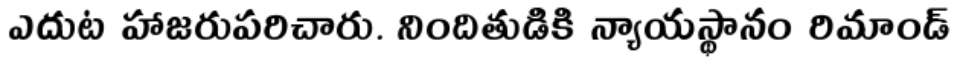
ఎదుట హాజరుపరిచారు. నిందితుడికి న్యాయస్థానం రిమాండ్